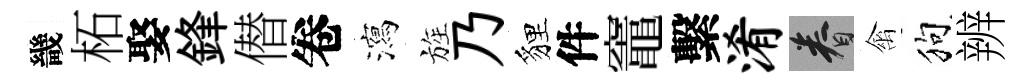
畿柘娶鋒僣卷瀉旌乃貍件竈繫淆眷禽狗辨